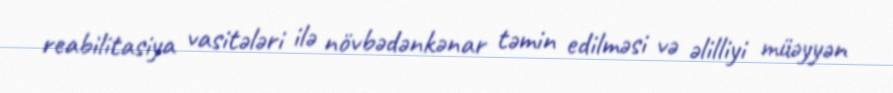
reabilitasiya vasitələri ilə növbədənkənar təmin edilməsi və əlilliyi müəyyən